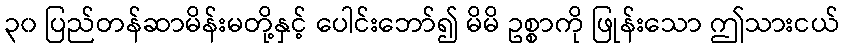
၃၀ ပြည်တန်ဆာမိန်းမတို့နှင့် ပေါင်းဘော်၍ မိမိ ဥစ္စာကို ဖြုန်းသော ဤသားငယ်